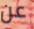
عن